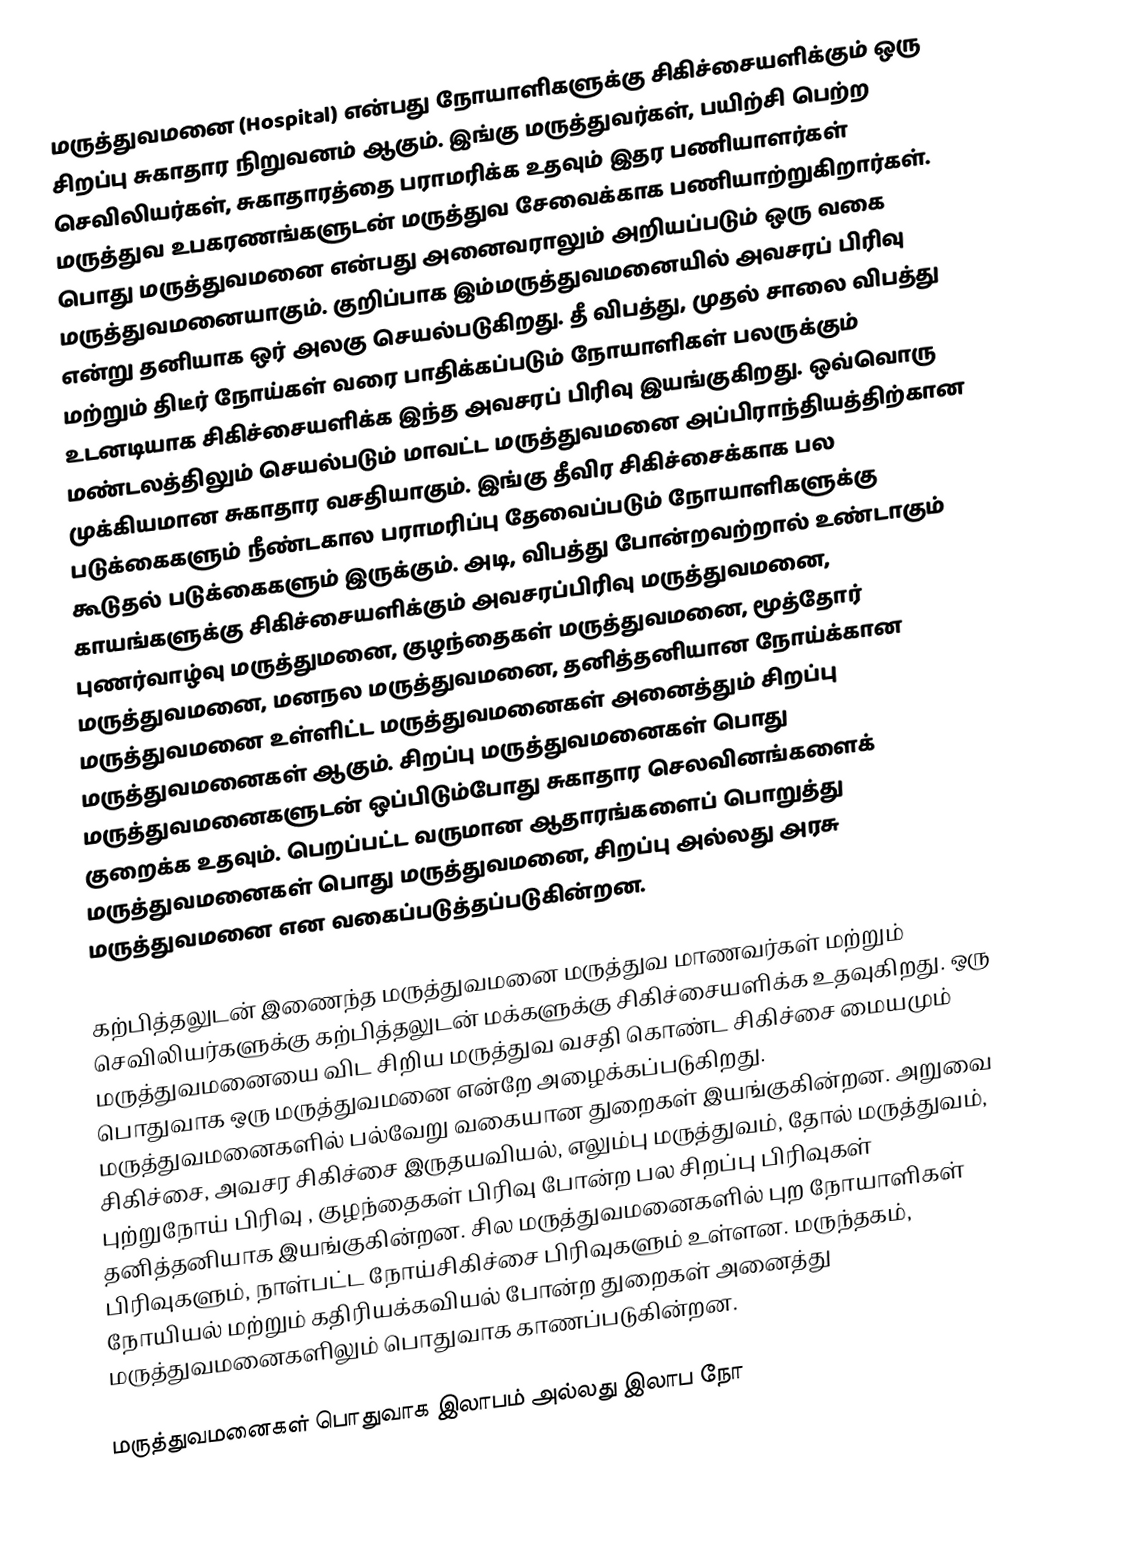
மருத்துவமனை (Hospital) என்பது நோயாளிகளுக்கு சிகிச்சையளிக்கும் ஒரு சிறப்பு சுகாதார நிறுவனம் ஆகும். இங்கு மருத்துவர்கள், பயிற்சி பெற்ற செவிலியர்கள், சுகாதாரத்தை பராமரிக்க உதவும்  இதர பணியாளர்கள் மருத்துவ உபகரணங்களுடன் மருத்துவ சேவைக்காக பணியாற்றுகிறார்கள். பொது மருத்துவமனை என்பது அனைவராலும் அறியப்படும் ஒரு வகை மருத்துவமனையாகும். குறிப்பாக இம்மருத்துவமனையில் அவசரப் பிரிவு என்று தனியாக ஒர் அலகு செயல்படுகிறது. தீ விபத்து, முதல் சாலை விபத்து மற்றும் திடீர் நோய்கள் வரை பாதிக்கப்படும் நோயாளிகள் பலருக்கும் உடனடியாக சிகிச்சையளிக்க இந்த அவசரப் பிரிவு இயங்குகிறது. ஒவ்வொரு மண்டலத்திலும் செயல்படும் மாவட்ட மருத்துவமனை அப்பிராந்தியத்திற்கான முக்கியமான சுகாதார வசதியாகும். இங்கு தீவிர சிகிச்சைக்காக பல படுக்கைகளும் நீண்டகால பராமரிப்பு தேவைப்படும் நோயாளிகளுக்கு கூடுதல் படுக்கைகளும் இருக்கும். அடி, விபத்து போன்றவற்றால் உண்டாகும் காயங்களுக்கு சிகிச்சையளிக்கும் அவசரப்பிரிவு மருத்துவமனை, புணர்வாழ்வு மருத்துமனை, குழந்தைகள் மருத்துவமனை, மூத்தோர் மருத்துவமனை, மனநல மருத்துவமனை, தனித்தனியான நோய்க்கான மருத்துவமனை உள்ளிட்ட மருத்துவமனைகள் அனைத்தும் சிறப்பு மருத்துவமனைகள் ஆகும். சிறப்பு மருத்துவமனைகள் பொது மருத்துவமனைகளுடன் ஒப்பிடும்போது சுகாதார செலவினங்களைக் குறைக்க உதவும். பெறப்பட்ட வருமான ஆதாரங்களைப் பொறுத்து மருத்துவமனைகள் பொது மருத்துவமனை, சிறப்பு அல்லது அரசு மருத்துவமனை என வகைப்படுத்தப்படுகின்றன.

கற்பித்தலுடன் இணைந்த மருத்துவமனை மருத்துவ மாணவர்கள் மற்றும் செவிலியர்களுக்கு கற்பித்தலுடன் மக்களுக்கு சிகிச்சையளிக்க உதவுகிறது. ஒரு மருத்துவமனையை விட சிறிய மருத்துவ வசதி கொண்ட சிகிச்சை மையமும் பொதுவாக ஒரு மருத்துவமனை என்றே அழைக்கப்படுகிறது. மருத்துவமனைகளில் பல்வேறு வகையான துறைகள் இயங்குகின்றன. அறுவை சிகிச்சை, அவசர சிகிச்சை இருதயவியல், எலும்பு மருத்துவம், தோல் மருத்துவம், புற்றுநோய் பிரிவு , குழந்தைகள் பிரிவு போன்ற பல சிறப்பு பிரிவுகள் தனித்தனியாக இயங்குகின்றன.  சில மருத்துவமனைகளில் புற நோயாளிகள் பிரிவுகளும்,  நாள்பட்ட நோய்சிகிச்சை பிரிவுகளும் உள்ளன. மருந்தகம், நோயியல் மற்றும் கதிரியக்கவியல் போன்ற துறைகள் அனைத்து மருத்துவமனைகளிலும் பொதுவாக காணப்படுகின்றன.

மருத்துவமனைகள் பொதுவாக இலாபம் அல்லது இலாப நோ